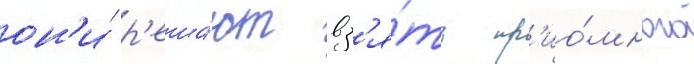
он'и́ р'еша́ют вз'я́ть пр'ио́много